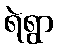
ရဲရွာ